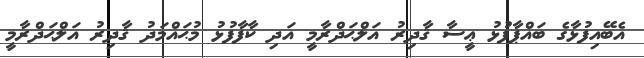
އެބޭއިފުޅާގެ ބައްޕާފުޅު ޢީސާ ޤާދިރު އަލްޙަދްރާމީ އަދި ކާފާފުޅު މުޙައްމަދު ޤާދިރު އަލްޙަދްރާމީ